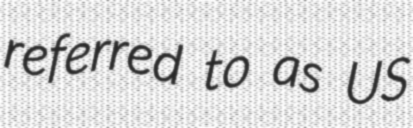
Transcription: referred to as US